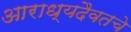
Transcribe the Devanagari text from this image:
आराध्यदैवतचे